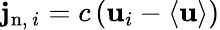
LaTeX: \mathbf{j}_{\mathrm{{n}},\, i}=c\left(\mathbf{u}_{i}-\langle\mathbf{u}\rangle\right)